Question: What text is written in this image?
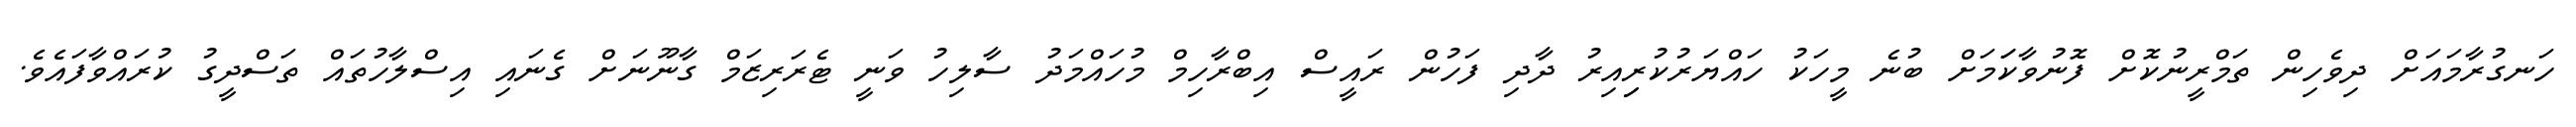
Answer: ހަނގުރާމައަށް ދިވެހިން ތަމްރީނުކޮށް ފޮނުވާކަަމަށް ބުނެ މީހަކު ހައްޔަރުކުރިިއިރު ދާދި ފަހުން ރައީސް އިބްރާހިމް މުހައްމަދު ސާލިހު ވަނީ ޓެރަރިޒަމް ގާނޫނަށް ގެނައި އިސްލާހުތައް ތަސްދީގު ކުރައްވާފައެވެ.